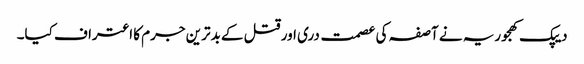
دیپک کھجوریہ نے آصفہ کی عصمت دری اور قتل کے بدترین جرم کا اعتراف کیا۔